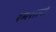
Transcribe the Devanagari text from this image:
श्मशानो